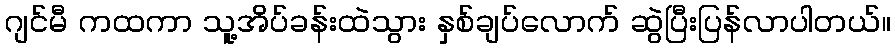
ဂျင်မီ ကထကာ သူ့အိပ်ခန်းထဲသွား နှစ်ချပ်လောက် ဆွဲပြီးပြန်လာပါတယ်။